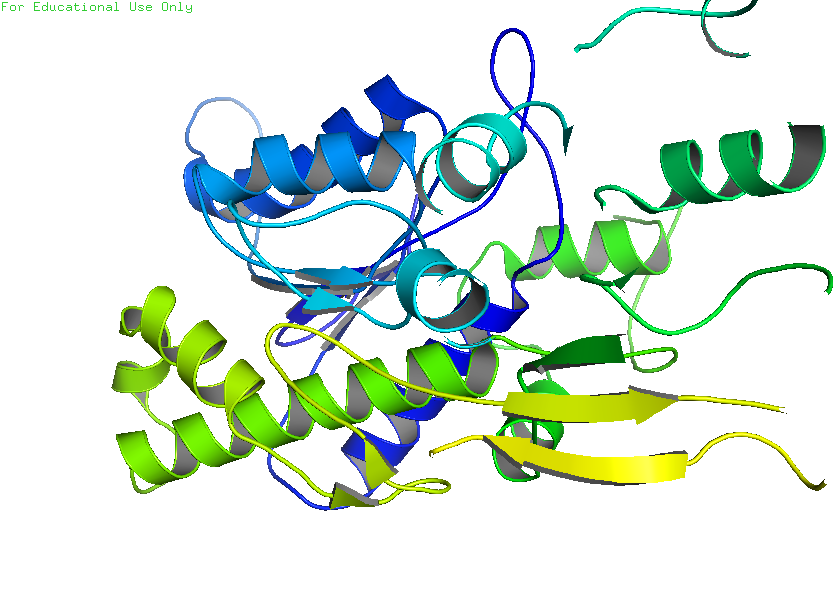
pymol, preset, pub_solv